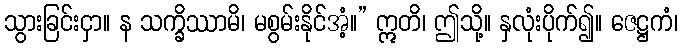
သွားခြင်းငှာ။ န သက္ခိဿာမိ၊ မစွမ်းနိုင်အံ့။” ဣတိ၊ ဤသို့။ နှလုံးပိုက်၍။ ဇေဋ္ဌကံ၊